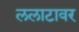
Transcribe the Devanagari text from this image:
ललाटावर